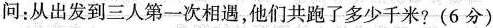
问：从出发到三人第一次相遇，他们共跑了多少千米?(6分)